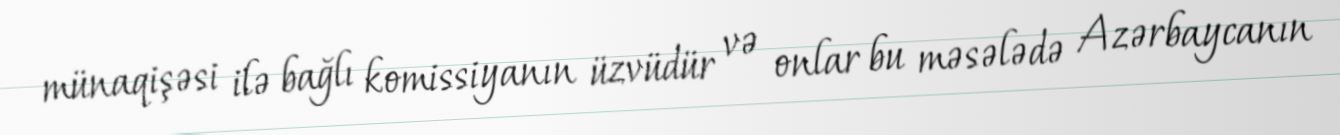
münaqişəsi ilə bağlı komissiyanın üzvüdür və onlar bu məsələdə Azərbaycanın